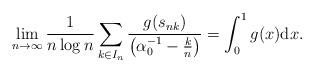
LaTeX: \begin{align*}\lim_{n\rightarrow\infty}\frac{1}{n\log n}\sum_{k\in I_{n}}\frac{g(s_{nk})}{\left(\alpha_{0}^{-1}-\frac{k}{n}\right)}=\int_{0}^{1}g(x){\rm d}x.\end{align*}